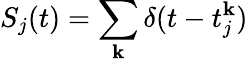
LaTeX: S_{j}(t)=\sum_{\mathbf{k}}\delta(t-t_{j}^{\mathbf{k}})